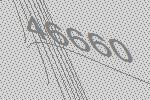
46660